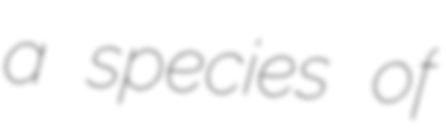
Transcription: a species of